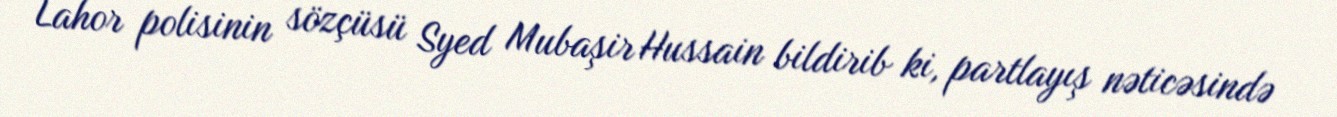
Lahor polisinin sözçüsü Syed Mubaşir Hussain bildirib ki, partlayış nəticəsində